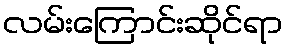
လမ်းကြောင်းဆိုင်ရာ